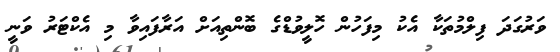
ވަރުގަދަ ފިލްމުތަކާ އެކު މިފަހުން ހޮލީވުޑްގެ ބޮންތިއަށް އަރާފައިވާ މި އެކްޓަރު ވަނީ